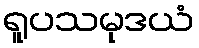
ရူပသမုဒယံ